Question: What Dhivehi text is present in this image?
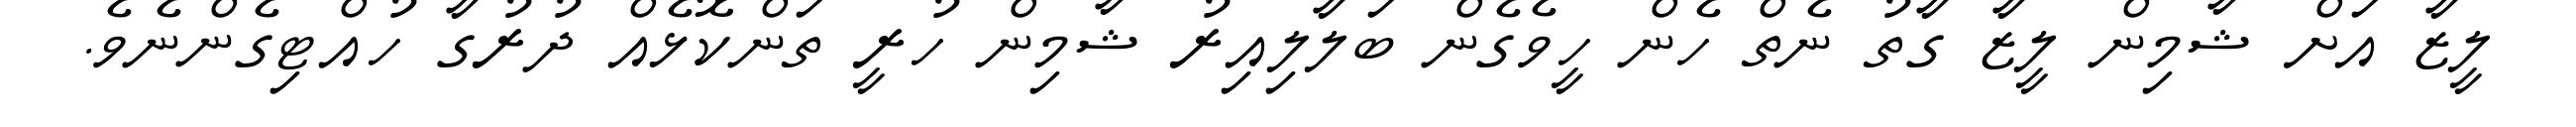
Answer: ލީޒާ އަށް ޝާމިން ލީޒާ ގާތު ނެތް ހެން ހީވެގެން ބަލާލިއިރު ޝާމިން ހުރީ ތަންކޮޅެއް ދުރުގާ ހުއްޓިގެންނެވެ.